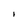
Character: I